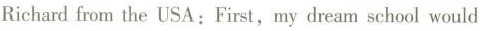
Richardfrom the USA：First,，my dream school would